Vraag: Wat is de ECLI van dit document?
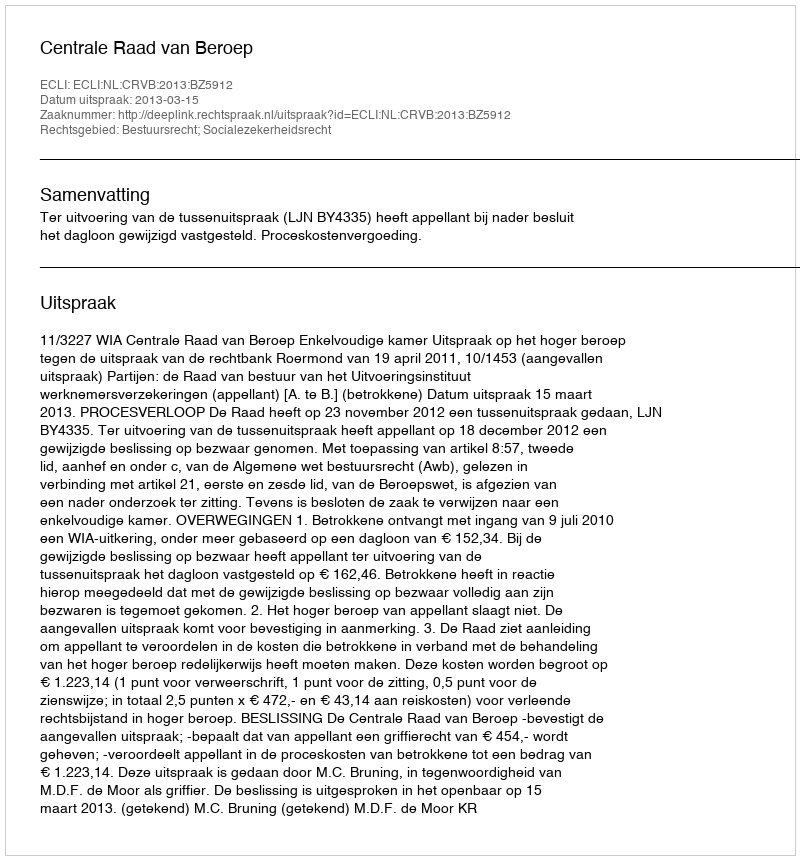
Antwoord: ECLI:NL:CRVB:2013:BZ5912